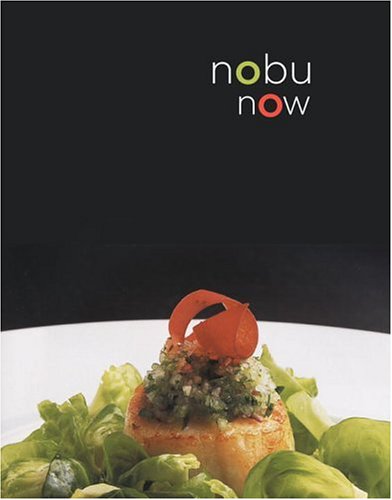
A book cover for Nobu Now; Nobuyuki Matsuhisa; Cookbooks, Food & Wine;